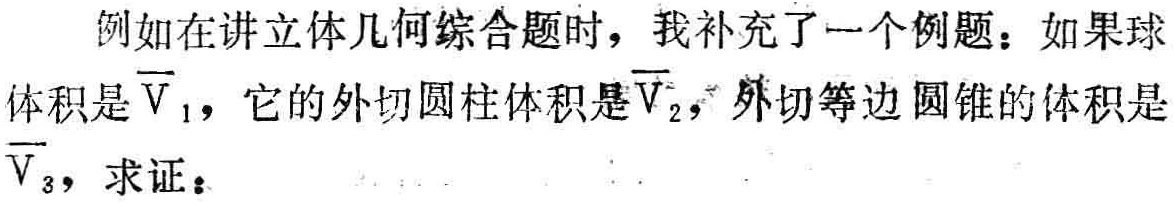
例如在讲立体几何综合题时，我补充了一个例题：如果球体积是\(\overline{V}_{1}\)，它的外切圆柱体积是\(\overline{V}_{2}\)，外切等边圆锥的体积是\(\overline{V}_{3}\)，求证：